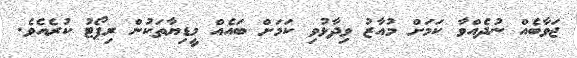
ޖަވާބެއް ނުދެއްވާ ކަމަށް މުއާޒު ވިދާޅުވި ކަމަށް ބައެއް މީޑިޔާތަކުން ރިޕޯޓު ކުރެއެވެ.